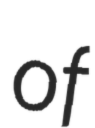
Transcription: of